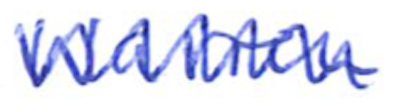
Text: Warren
Cross-out: zig-zag
Writing tool: ballpoint